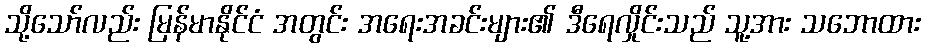
သို့သော်လည်း မြန်မာနိုင်ငံ အတွင်း အရေးအခင်းများ၏ ဒီရေလှိုင်းသည် သူ့အား သဘောထား